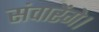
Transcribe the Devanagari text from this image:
संवारेंगे।